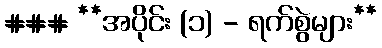
### **အပိုင်း (၁) - ရက်စွဲများ**